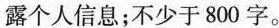
露个人信息；不少于800字。